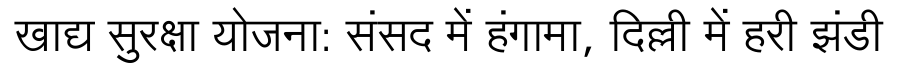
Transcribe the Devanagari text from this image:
खाद्य सुरक्षा योजना: संसद में हंगामा, दिल्ली में हरी झंडी